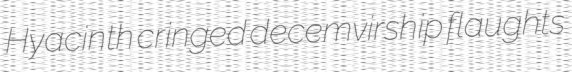
Hyacinth cringed decemvirship flaughts